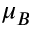
\mu _ { B }